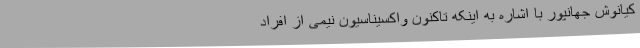
کیانوش جهانپور با اشاره به اینکه تاکنون واکسیناسیون نیمی از افراد